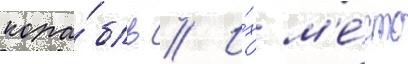
кора́бль // И́х м'е́сто